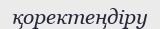
қоректеңдіру